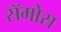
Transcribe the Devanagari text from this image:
सॅमोस